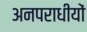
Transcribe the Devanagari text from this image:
अनपराधीयों